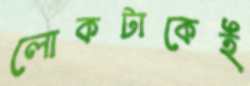
লোকটাকেই